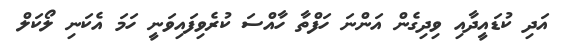
އަދި ކުޑައީދާއި ވިދިގެން އަންނަ ހަފްތާ ހާއްސަ ކުރެވިފައިވަނީ ހަމަ އެކަނި ލޯކަލް